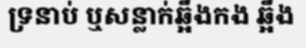
ទ្រនាប់ ឬសន្លាក់ឆ្អឹងកង ឆ្អឹង